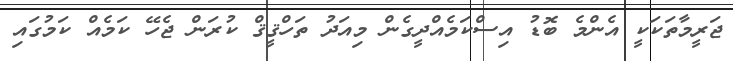
ޖަރީމާތަކަކީ އެންމެ ބޮޑު އިސްކަމެއްދީގެން މިއަދު ތަހްޤީޤް ކުރަން ޖެހޭ ކަމެއް ކަމުގައި